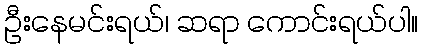
ဦးနေမင်းရယ်၊ ဆရာ ကောင်းရယ်ပါ။